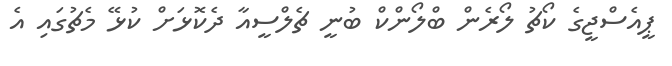
ޕީއެސްޖީގެ ކޯޗު ލޯރެން ބްލޯންކް ބުނީ ޗެލްސީއާ ދެކޮޅަށް ކުޅޭ މެޗުގައި އެ